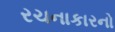
રચનાકારનો